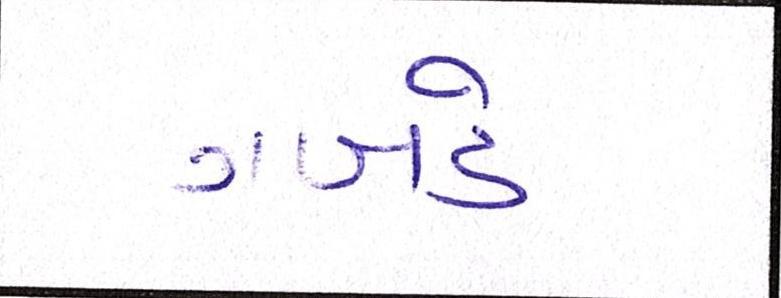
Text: ગબડે